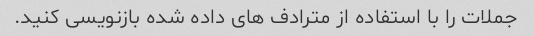
جملات را با استفاده از مترادف های داده شده بازنویسی کنید.